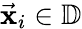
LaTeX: \vec{\mathbf x}_{i}\in\mathbb{D}